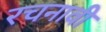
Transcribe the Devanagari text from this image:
रचनावी